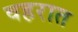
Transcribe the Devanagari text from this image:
वहरात